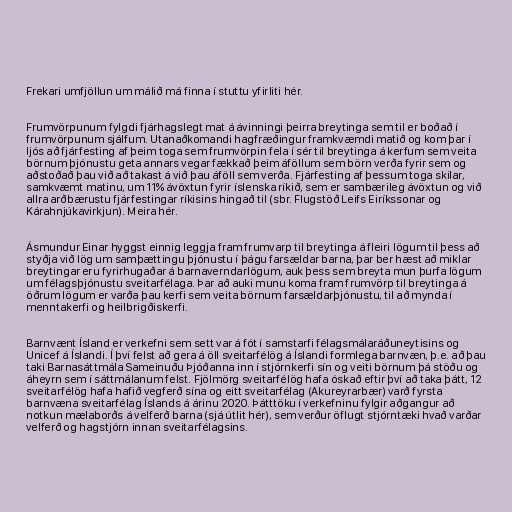
Frekari umfjöllun um málið má finna í stuttu yfirliti hér.

Frumvörpunum fylgdi fjárhagslegt mat á ávinningi þeirra breytinga sem til er boðað í
frumvörpunum sjálfum. Utanaðkomandi hagfræðingur framkvæmdi matið og kom þar í
ljós að fjárfesting af þeim toga sem frumvörpin fela í sér til breytinga á kerfum sem veita
börnum þjónustu geta annars vegar fækkað þeim áföllum sem börn verða fyrir sem og
aðstoðað þau við að takast á við þau áföll sem verða. Fjárfesting af þessum toga skilar,
samkvæmt matinu, um 11% ávöxtun fyrir íslenska ríkið, sem er sambærileg ávöxtun og við
allra arðbærustu fjárfestingar ríkisins hingað til (sbr. Flugstöð Leifs Eiríkssonar og
Kárahnjúkavirkjun). Meira hér.

Ásmundur Einar hyggst einnig leggja fram frumvarp til breytinga á fleiri lögum til þess að
styðja við lög um samþættingu þjónustu í þágu farsældar barna, þar ber hæst að miklar
breytingar eru fyrirhugaðar á barnaverndarlögum, auk þess sem breyta mun þurfa lögum
um félagsþjónustu sveitarfélaga. Þar að auki munu koma fram frumvörp til breytinga á
öðrum lögum er varða þau kerfi sem veita börnum farsældarþjónustu, til að mynda í
menntakerfi og heilbrigðiskerfi.

Barnvænt Ísland er verkefni sem sett var á fót í samstarfi félagsmálaráðuneytisins og
Unicef á Íslandi. Í því felst að gera á öll sveitarfélög á Íslandi formlega barnvæn, þ.e. að þau
taki Barnasáttmála Sameinuðu Þjóðanna inn í stjórnkerfi sín og veiti börnum þá stöðu og
áheyrn sem í sáttmálanum felst. Fjölmörg sveitarfélög hafa óskað eftir því að taka þátt, 12
sveitarfélög hafa hafið vegferð sína og eitt sveitarfélag (Akureyrarbær) varð fyrsta
barnvæna sveitarfélag Íslands á árinu 2020. Þátttöku í verkefninu fylgir aðgangur að
notkun mælaborðs á velferð barna (sjá útlit hér), sem verður öflugt stjórntæki hvað varðar
velferð og hagstjórn innan sveitarfélagsins.